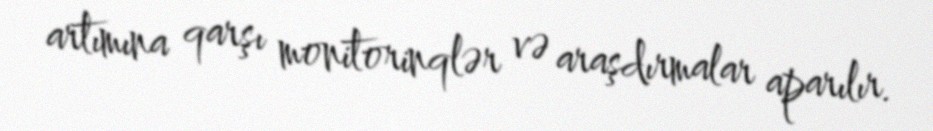
artımına qarşı monitorinqlər və araşdırmalar aparılır.